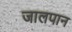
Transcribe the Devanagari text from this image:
जालपान